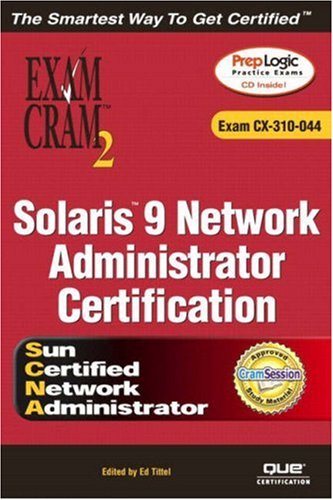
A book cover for Solaris 9 Network Administrator Exam Cram 2 (Exam CX-310-044); John Philcox; Computers & Technology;